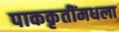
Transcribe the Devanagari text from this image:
पाककृतींमधला